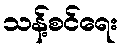
သန့်စင်ရေး